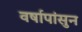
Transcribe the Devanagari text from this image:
वर्षापांसुन